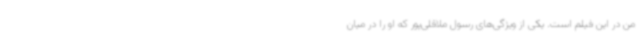
من در این فیلم است. یکی از ویژگی‌های رسول ملاقلی‌پور که او را در میان